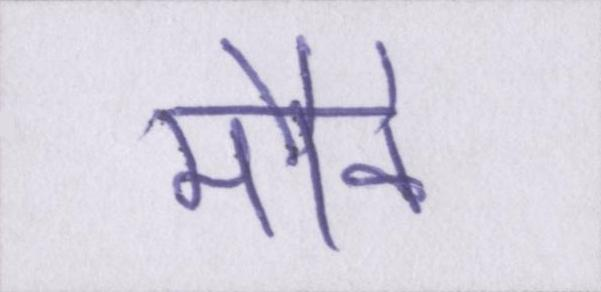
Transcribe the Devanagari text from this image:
मौके